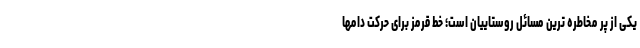
یکی از پر مخاطره ترین مسائل روستاییان است؛ خط قرمز برای حرکت دامها